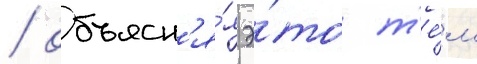
/ объясн'я́я э́то т'е́м